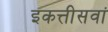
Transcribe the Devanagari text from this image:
इकत्तीसवां